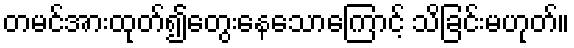
တမင်အားထုတ်၍တွေးနေသောကြောင့် သိခြင်းမဟုတ်။